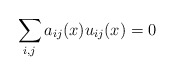
\begin{align*}\sum_{i,j} a_{ij}(x) u_{ij}(x) =0\end{align*}